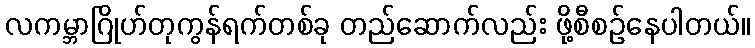
လကမ္ဘာဂြိုဟ်တုကွန်ရက်တစ်ခု တည်ဆောက်လည်း ဖို့စီစဉ်နေပါတယ်။